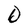
Character: D